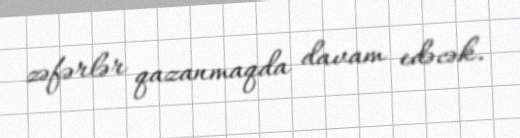
zəfərlər qazanmaqda davam edəcək.